Annual report of the Civil Veterinary Department, Bengal, for the year 1897-98 - 1897-1898
Year: 1897
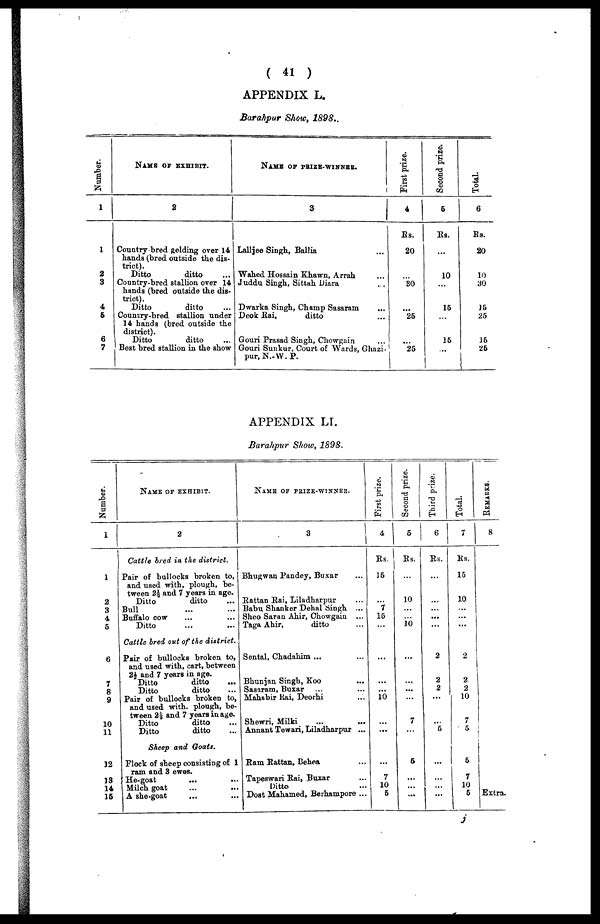
( 41 )
APPENDIX L.
Barahpur Show, 1898..
Number.
1
1
2
3
4
5
6
7
NAME OF EXHIBIT.
2
Country bred gelding over 14
hands (bred outside the dis-
trict).
Ditto
ditto ...
Country-bred stallion over 14
hands (bred outside the dis-
trict)
Ditto
ditto ...
Country-bred stallion under
14 hands (bred outside the
district).
Ditto
ditto ...
Best bred stallion in the show
NAME OF PRIZE-WINNER.
3
Lalljee Singh, Ballia ...
Wahed Hossain Khawn, Arrah ...
Juddu Singh, Sittah Diara ...
Dwarka Singh, Champ Sasaram ...
Deok
Rai,
ditto ...
Gouri Prasad Singh, Chowgain ...
Gouri Sunkur, Court of Wards, Ghazi-
pur, N.-W. P.
First prize.
4
Rs.
20
...
80
...
25
...
25
Second prize.
5
Rs.
...
10
...
15
...
15
...
Total.
6
Rs.
20
10
30
15
25
15
25
APPENDIX LI.
Barahpur Show, 1898.
Number.
1
1
2
3
4
5
6
7
8
9
10
11
12
13
14
15
NAME OF EXHIBIT.
2
Cattle bred in the district.
Pair of bullocks broken to,
and used with, plough, be-
tween 2½ and 7 years in age.
Ditto
ditto ...
Bull ... ...
Buffalo cow ... ...
Ditto ... ...
Cattle bred out of the district.
Pair of bullocks broken to,
and used with, cart, between
2½ and 7 years in age.
Ditto
ditto ...
Ditto
ditto ...
Pair of bullocks broken to,
and used with. plough, be-
tween 2½ and 7 years in age.
Ditto
ditto ...
Ditto
ditto ...
Sheep and Goats.
Flock of sheep consisting of 1
ram and 3 ewes.
He-goat ... ...
Milch goat ... ...
A she-goat ... ...
NAME OF PRIZE-WINNER.
Bhugwan Pandey, Buxar ...
Rattan Rai, Liladharpur ...
Babu Shanker Dehal Singh ...
Sheo Saran Ahir, Chowgain ...
Taga Ahir,
ditto ...
Sental, Chadahim ... ...
Bhunjan Singh, Koo ...
Sasaram, Buxar ... ...
Mahabir Rai, Deorhi ...
Shewri, Milki
...
...
Annant Tewari, Liladharpur ...
Ram Rattan, Behea ...
Tapeswari Rai, Buxar ...
Ditto ...
Dost Mahamed, Berhampore ...
First prize.
4
Rs.
15
...
7
15
...
...
...
...
10
...
...
...
7
10
5
Second prize.
5
Rs
...
10
...
10
...
...
...
...
7
...
5
...
...
...
Third prize.
6
Rs.
...
...
...
...
...
2
2
2
...
...
5
...
...
...
...
Total.
7
Rs.
15
10
...
...
...
2
2
2
10
7
5
5
7
10
5
REMARKS.
8
Extra.